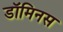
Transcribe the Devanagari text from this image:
डॉमिनस